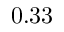
0 . 3 3